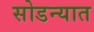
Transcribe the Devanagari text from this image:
सोडन्यात